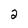
Character: 2